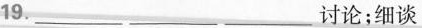
19 ___ ___ ___ 讨论;细谈